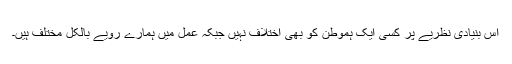
اس بنیادی نظریے پر کسی ایک ہموطن کو بھی اختلاف نہیں جبکہ عمل میں ہمارے رویّے بالکل مختلف ہیں۔